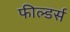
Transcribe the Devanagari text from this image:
फील्डर्स